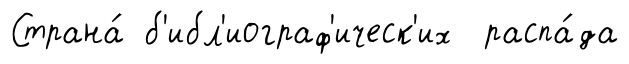
Страна́ б'ибл'иограф'ическ'их распа́да